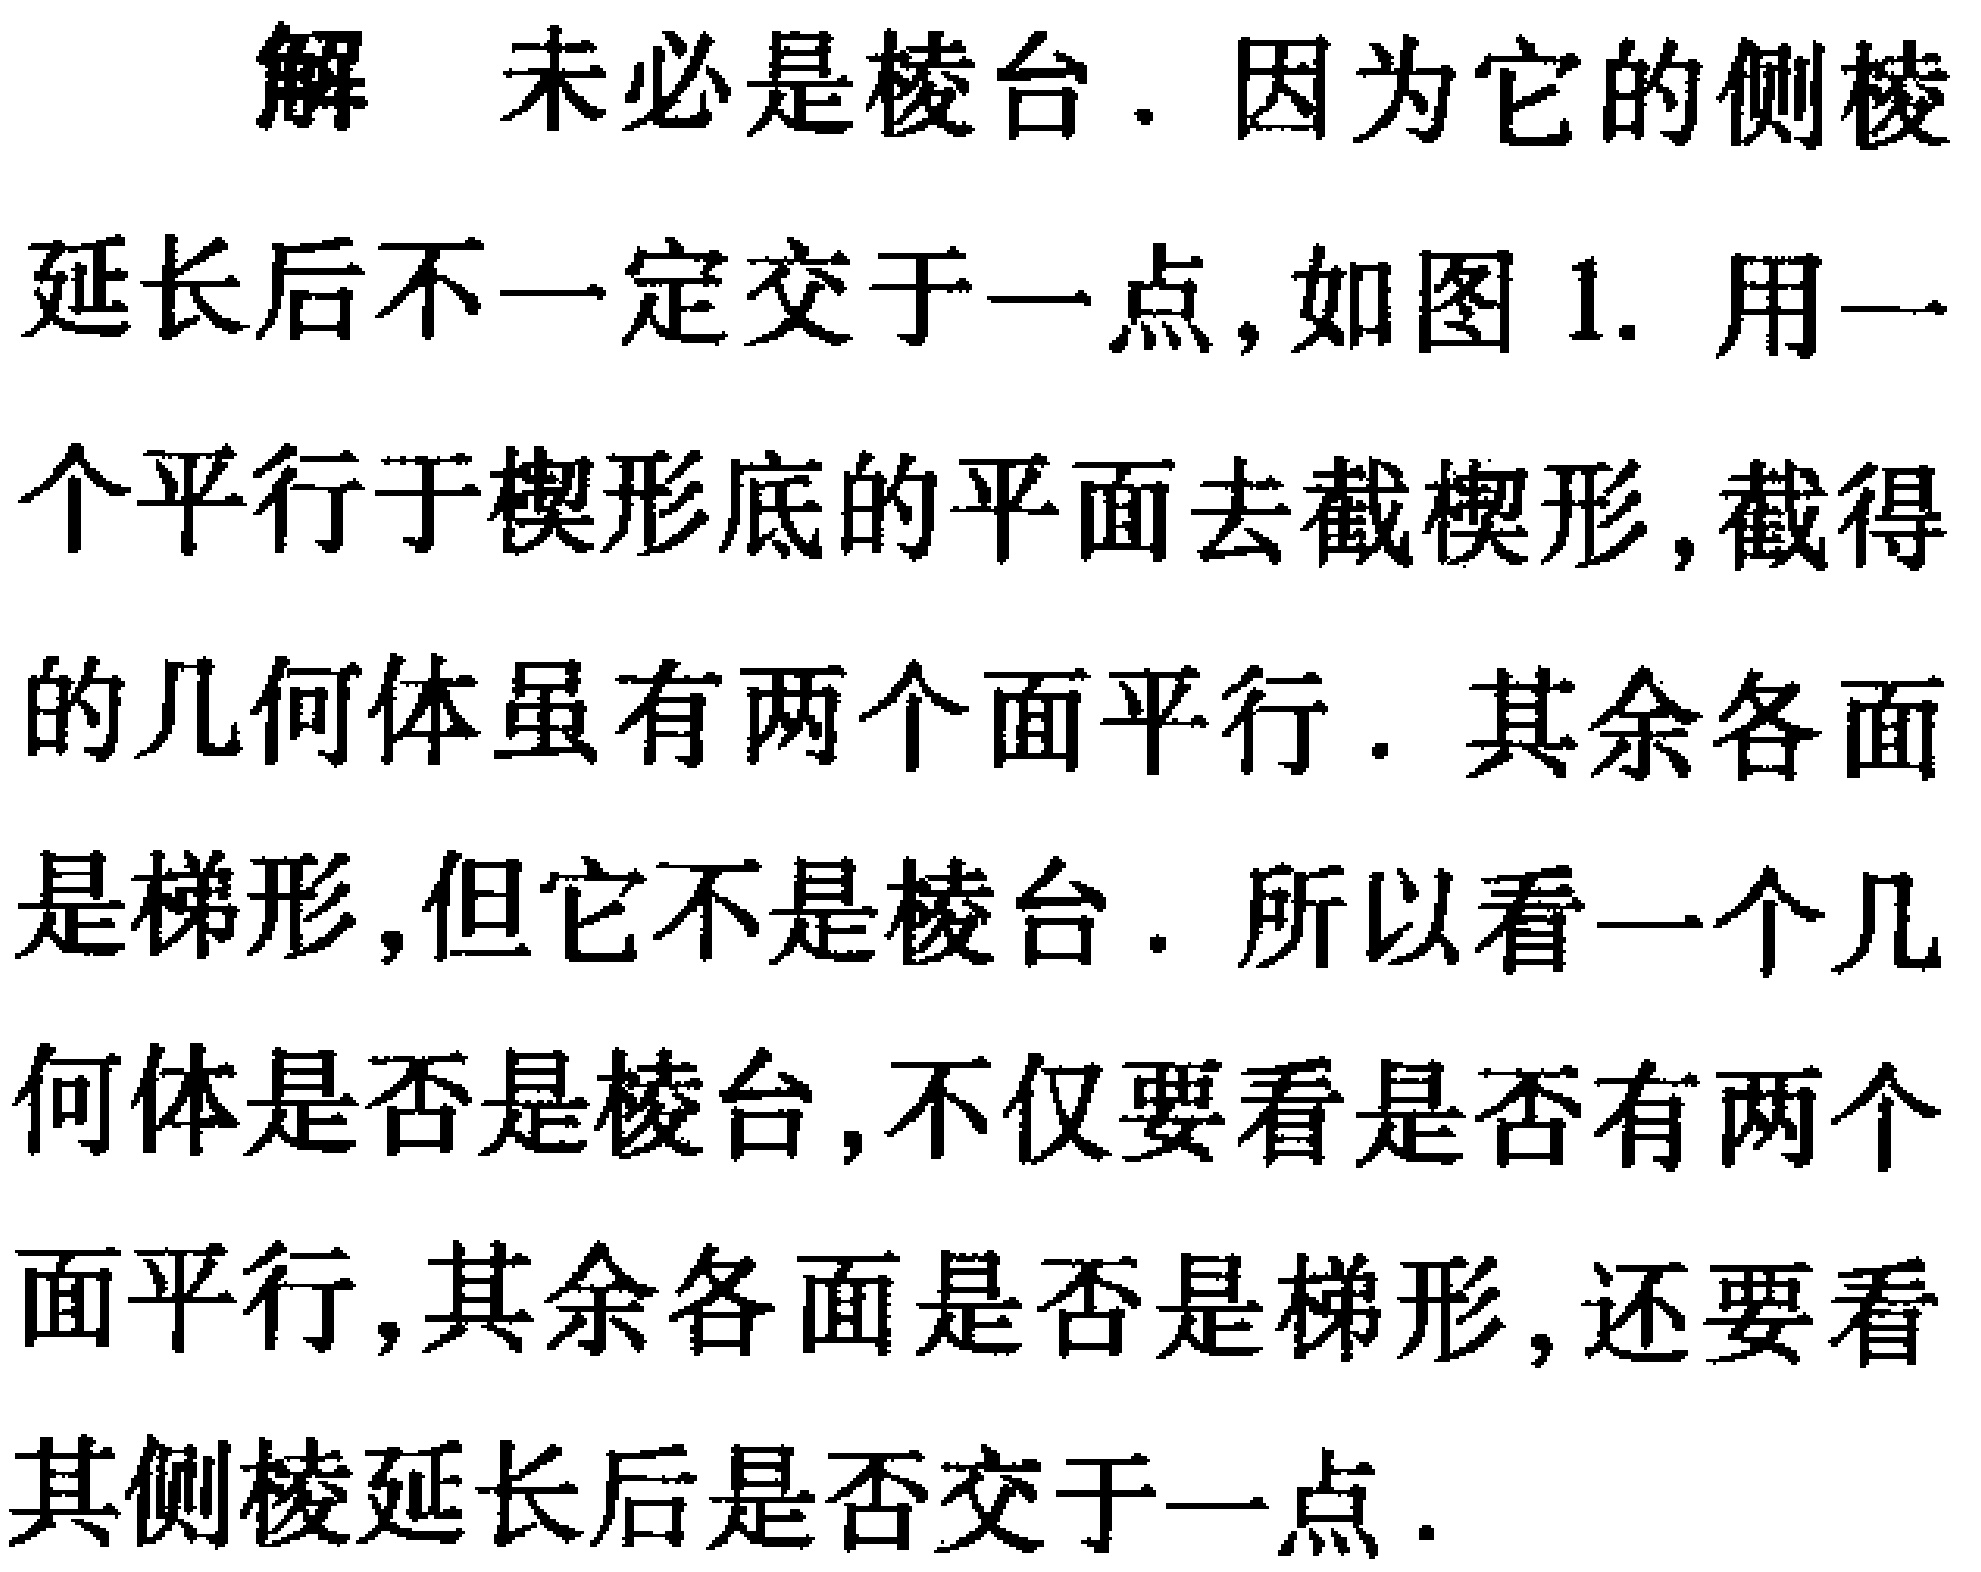
解 未必是棱台. 因为它的侧棱
延长后不一定交于一点,如图 1. 用一
个平行于楔形底的平面去截楔形,截得
的几何体虽有两个面平行. 其余各面
是梯形,但它不是棱台. 所以看一个几
何体是否是棱台,不仅要看是否有两个
面平行,其余各面是否是梯形,还要看
其侧棱延长后是否交于一点.